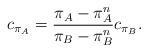
LaTeX: \begin{align*} c_{\pi_A} &= \frac{\pi_A - \pi_A^n}{\pi_B - \pi_B^n} c_{\pi_B}.\end{align*}